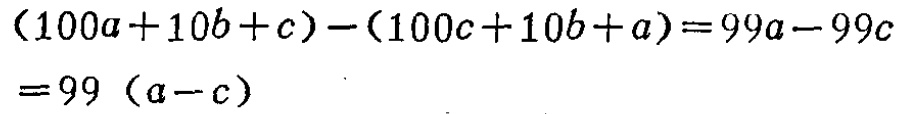
\((100a + 10b + c)-(100c + 10b + a)=99a - 99c=99(a - c)\)